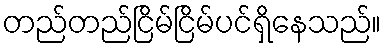
တည်တည်ငြိမ်ငြိမ်ပင်ရှိနေသည်။